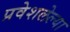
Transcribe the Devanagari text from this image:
प्रवेशलेल्या